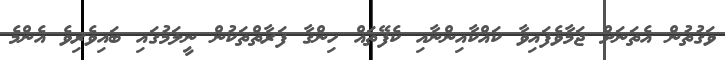
ވަގުތުން އެތަނަށް ޖަމާވެފައިވާ ކައްކާއިންނާއި ކެފޭތައް ހިންގާ ފަރާތްތަކުން ނީލަމުގައި ބައިވެރިވެ އެންމެ